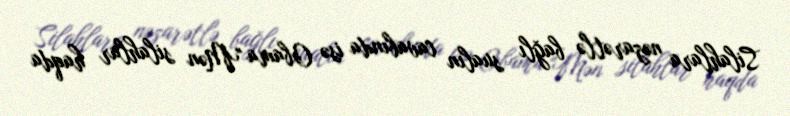
Silahlara nəzarətlə bağlı sualın cavabında isə Obama "Mən silahlar haqda